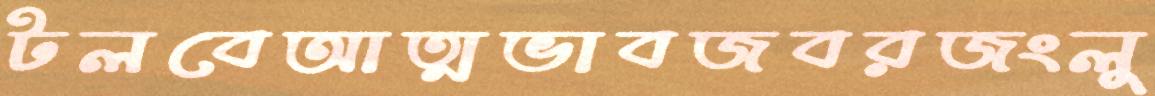
টলবেআত্মভাবজবরজংলু